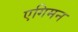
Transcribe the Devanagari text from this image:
एगिमन